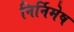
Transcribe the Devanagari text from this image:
निर्निमेष